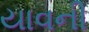
યાવની